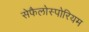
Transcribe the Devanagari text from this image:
सेफैलोस्पोरियम